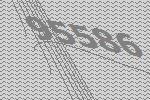
95586